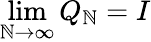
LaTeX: \operatorname*{lim}_{\mathbb{N}\to\infty}Q_{\mathbb{N}}=I